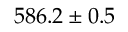
5 8 6 . 2 \pm 0 . 5